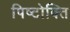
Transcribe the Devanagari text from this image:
पिष्टोक्ति